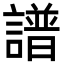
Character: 譜